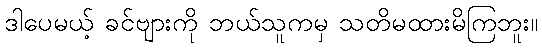
ဒါပေမယ့် ခင်ဗျားကို ဘယ်သူကမှ သတိမထားမိကြဘူး။